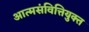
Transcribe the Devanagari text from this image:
आत्मसंवित्तियुक्त